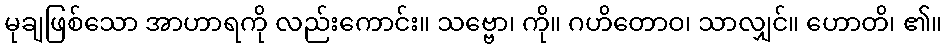
မုချဖြစ်သော အာဟာရကို လည်းကောင်း။ သဗ္ဗော၊ ကို။ ဂဟိတောဝ၊ သာလျှင်။ ဟောတိ၊ ၏။